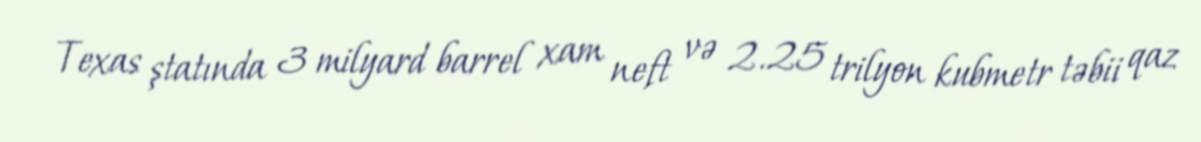
Texas ştatında 3 milyard barrel xam neft və 2.25 trilyon kubmetr təbii qaz